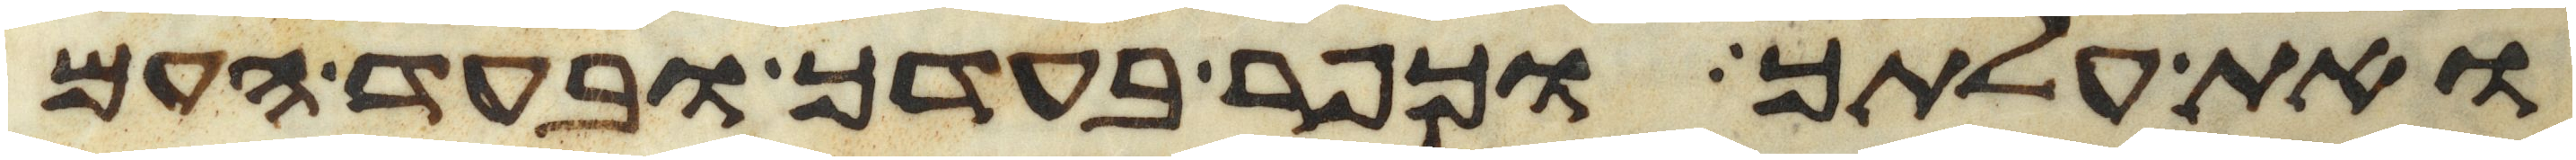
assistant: ואת עלתך וכפר בעדך ובעד העם